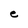
Character: e